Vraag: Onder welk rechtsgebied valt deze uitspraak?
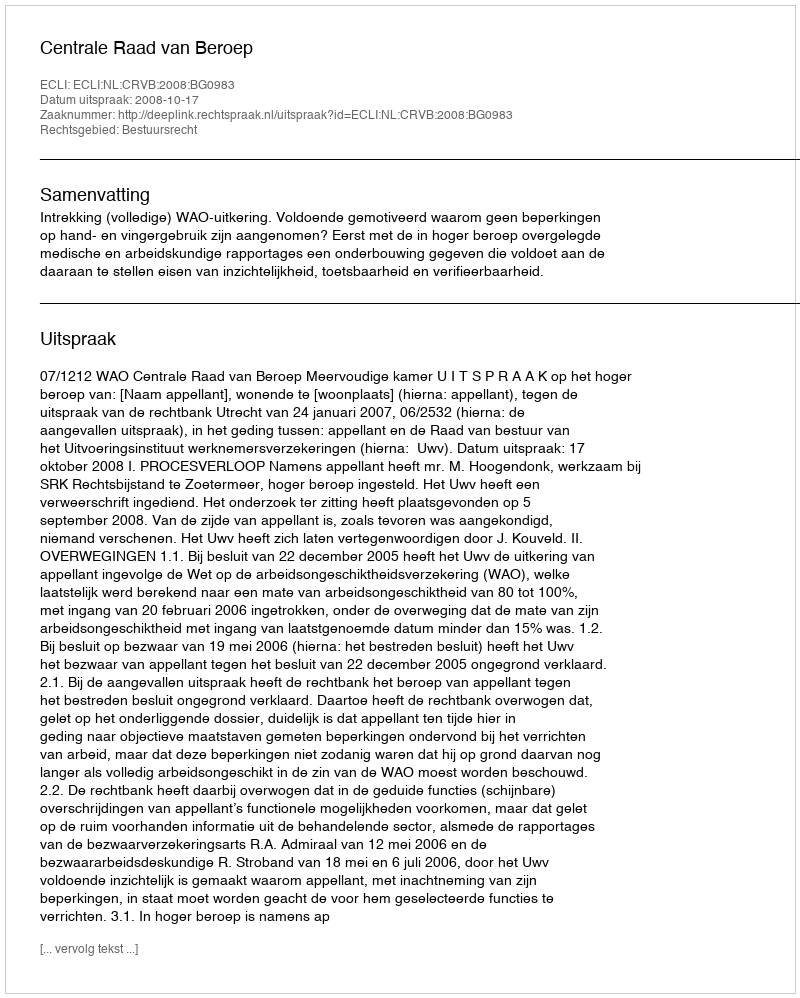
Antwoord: Bestuursrecht